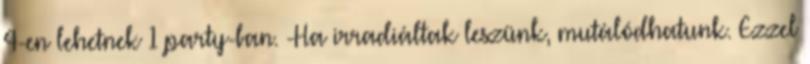
4-en lehetnek 1 party-ban. -Ha irradiáltak leszünk, mutálódhatunk. Ezzel